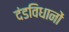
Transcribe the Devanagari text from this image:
दंडविधानों